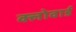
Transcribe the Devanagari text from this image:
क्लोवार्ड